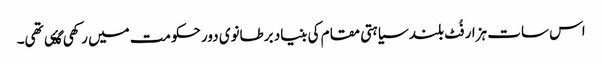
اس سات ہزار فُٹ بلند سیاہتی مقام کی بنیاد برطانوی دور حکومت میں رکھی گۂی تھی۔